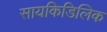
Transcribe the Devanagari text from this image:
सायकिडिलिक